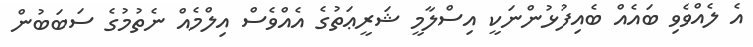
އެ ލެއްވެވި ބައެއް ބެއިފުޅުންނަކީ އިސްލާމީ ޝަރީޢަތުގެ އެއްވެސް އިލްމެއް ނެތުމުގެ ސަބަބުން